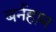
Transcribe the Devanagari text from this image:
बर्नहाम